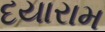
દયારામ